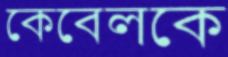
কেবেলকে